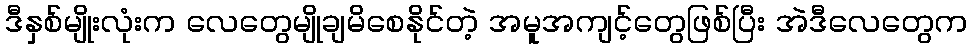
ဒီနှစ်မျိုးလုံးက လေတွေမျိုချမိစေနိုင်တဲ့ အမူအကျင့်တွေဖြစ်ပြီး အဲဒီလေတွေက